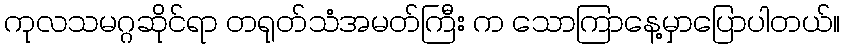
ကုလသမဂ္ဂဆိုင်ရာ တရုတ်သံအမတ်ကြီး က သောကြာနေ့မှာပြောပါတယ်။